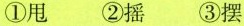
①甩 ②摇 ③摆